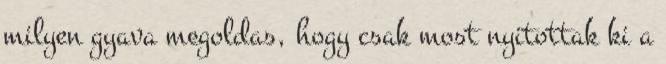
milyen gyava megoldas, hogy csak most nyitottak ki a